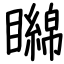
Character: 矊